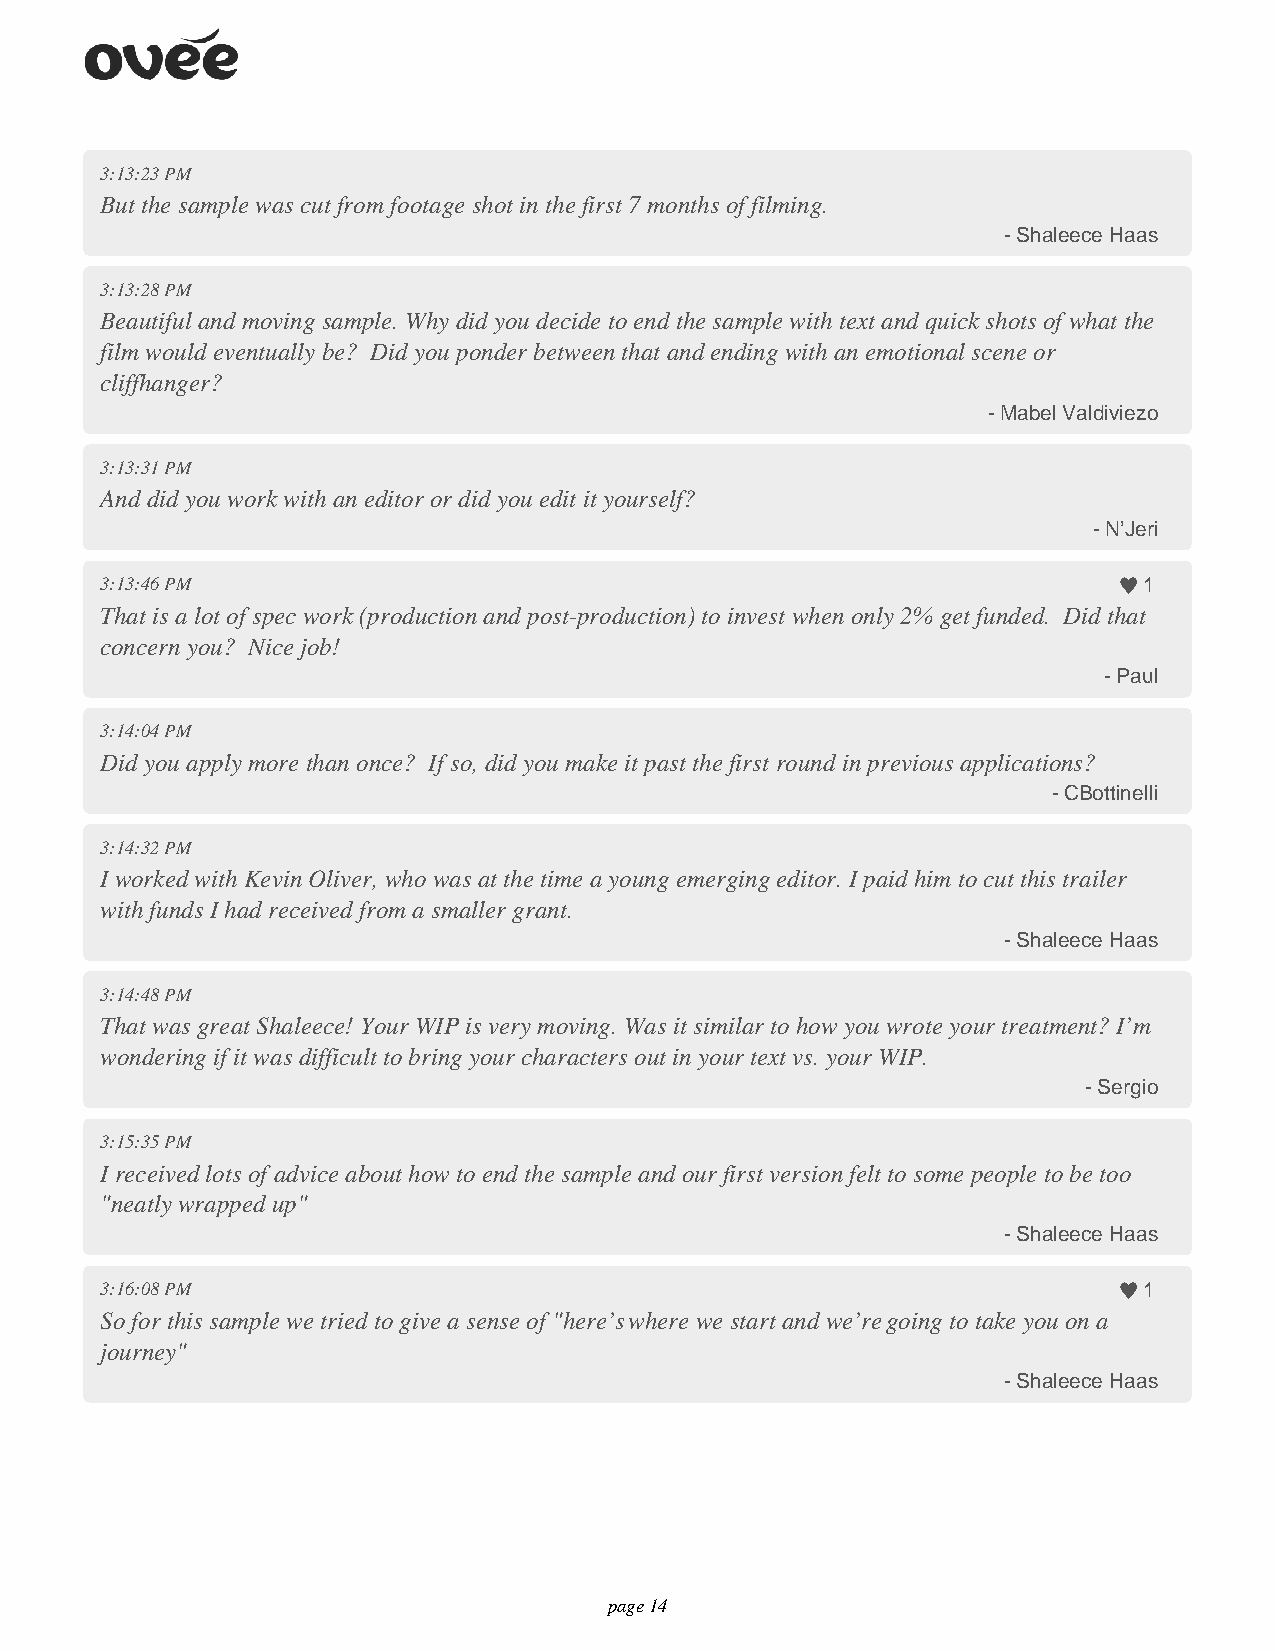
3:13:23 PM
 But the sample was cut from footage shot in the first 7 months of filming.
 - Shaleece Haas
 3:13:28 PM
 Beautiful and moving sample. Why did you decide to end the sample with text and quick shots of what the
 film would eventually be? Did you ponder between that and ending with an emotional scene or
 cliffhanger?
 - Mabel Valdiviezo
 3:13:31 PM
 And did you work with an editor or did you edit it yourself?
 - N’Jeri
 3:13:46 PM                                                           1
 That is a lot of spec work (production and post-production) to invest when only 2% get funded. Did that
 concern you? Nice job!
 - Paul
 3:14:04 PM
 Did you apply more than once? If so, did you make it past the first round in previous applications?
 - CBottinelli
 3:14:32 PM
 I worked with Kevin Oliver, who was at the time a young emerging editor. I paid him to cut this trailer
 with funds I had received from a smaller grant.
 - Shaleece Haas
 3:14:48 PM
 That was great Shaleece! Your WIP is very moving. Was it similar to how you wrote your treatment? I’m
 wondering if it was difficult to bring your characters out in your text vs. your WIP.
 - Sergio
 3:15:35 PM
 I received lots of advice about how to end the sample and our first version felt to some people to be too
 "neatly wrapped up"
 - Shaleece Haas
 3:16:08 PM                                                           1
 So for this sample we tried to give a sense of "here’s where we start and we’re going to take you on a
 journey"
 - Shaleece Haas
 page 14